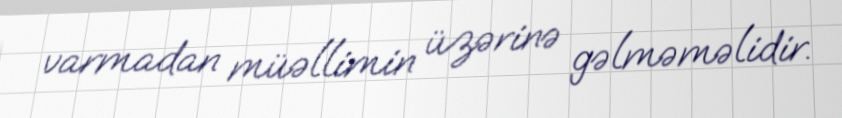
varmadan müəllimin üzərinə gəlməməlidir.